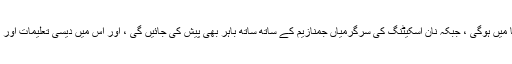
اسکیٹنگ کاسمو ارینا میں ہوگی ، جبکہ نان اسکیٹنگ کی سرگرمیاں جمنازیم کے ساتھ ساتھ باہر بھی پیش کی جائیں گی ، اور اس میں دیسی تعلیمات اور بہت کچھ شامل ہوگا!